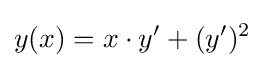
y(x)=x\cdot y'+(y')^{2}\,\!